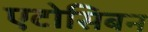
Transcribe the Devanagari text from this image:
एटोसिबन